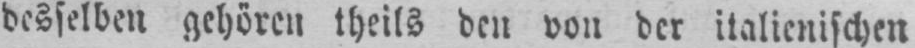
desselben gehören theils den von der italienischen